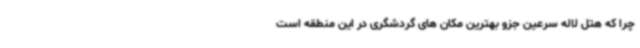
چرا که هتل لاله سرعین جزو بهترین مکان های گردشگری در این منطقه است